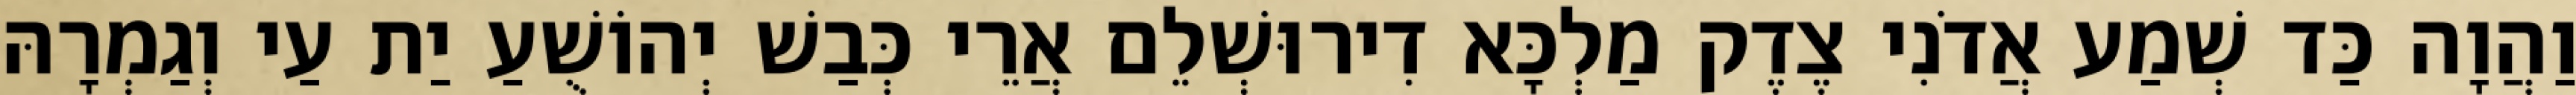
וַהֲוָה כַּד שְׁמַע אֲדֹנִי צֶדֶק מַלְכָּא דִירוּשְׁלֵם אֲרֵי כְּבַשׁ יְהוֹשֻׁעַ יַת עַי וְגַמְרָהּ